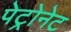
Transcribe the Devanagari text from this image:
पेट्रोनेट